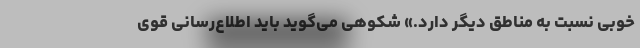
خوبی نسبت به مناطق دیگر دارد.» شکوهی می‌گوید باید اطلاع‌رسانی قوی